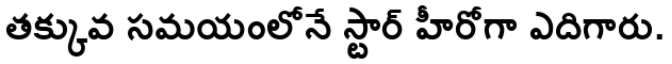
తక్కువ సమయంలోనే స్టార్ హీరోగా ఎదిగారు.